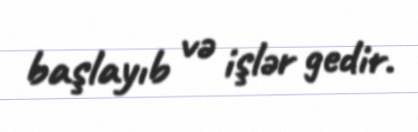
başlayıb və işlər gedir.